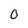
Character: 0